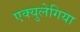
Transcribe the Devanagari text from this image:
एक्युलेगिया